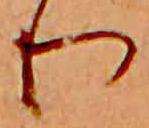
り